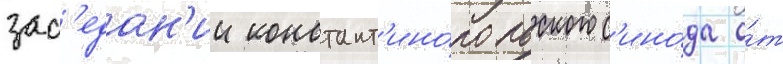
зас'едан'ии констант'ино́польского с'ино́да о́т